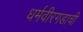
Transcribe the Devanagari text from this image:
धर्मवीरगडाची